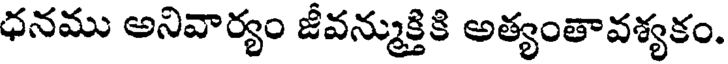
ధనము అనివార్యం జీవన్ముక్తికి అత్యంతావశ్యకం.